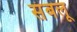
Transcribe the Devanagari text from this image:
संबलू